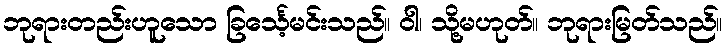
ဘုရားတည်းဟူသော ခြင်္သေ့မင်းသည်။ ဝါ၊ သို့မဟုတ်။ ဘုရားမြတ်သည်။